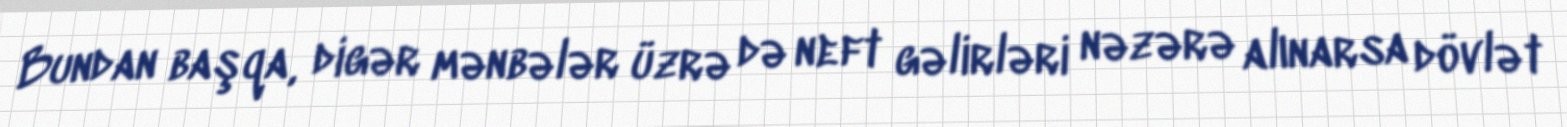
Bundan başqa, digər mənbələr üzrə də neft gəlirləri nəzərə alınarsa dövlət